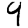
Digit: 9